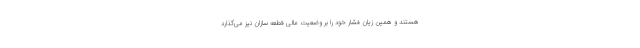
هستند و همین زیان فشار خود را بر وضعیت مالی قطعه سازان نیز می‌گذارد